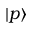
| p \rangle